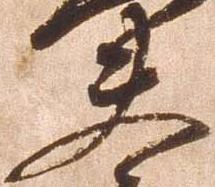
夫